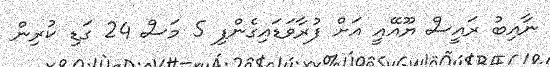
ނާއިބު ރައީސް ޔޫއޭއީ އަށް ފުރާވަޑައިގެންފި 5 މަސް 24 ގަޑި ކުރިން